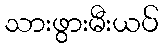
သားဖွားမီးယပ်